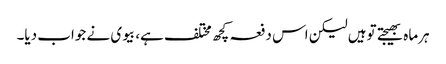
ہرماہ بھیجتے توہیں لیکن اس دفعہ کچھ مختلف ہے، بیوی نے جواب دیا۔